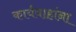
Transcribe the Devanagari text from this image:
कार्यवाहांना